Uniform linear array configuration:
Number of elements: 8
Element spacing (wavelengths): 0.25
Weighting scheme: hann
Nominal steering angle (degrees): -30
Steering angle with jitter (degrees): -30.337
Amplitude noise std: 0.05
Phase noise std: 0.05

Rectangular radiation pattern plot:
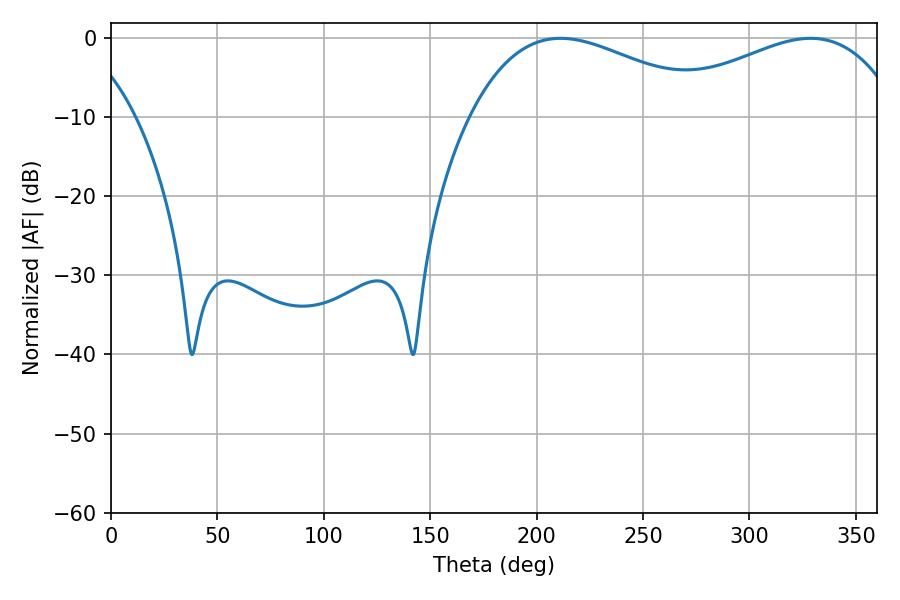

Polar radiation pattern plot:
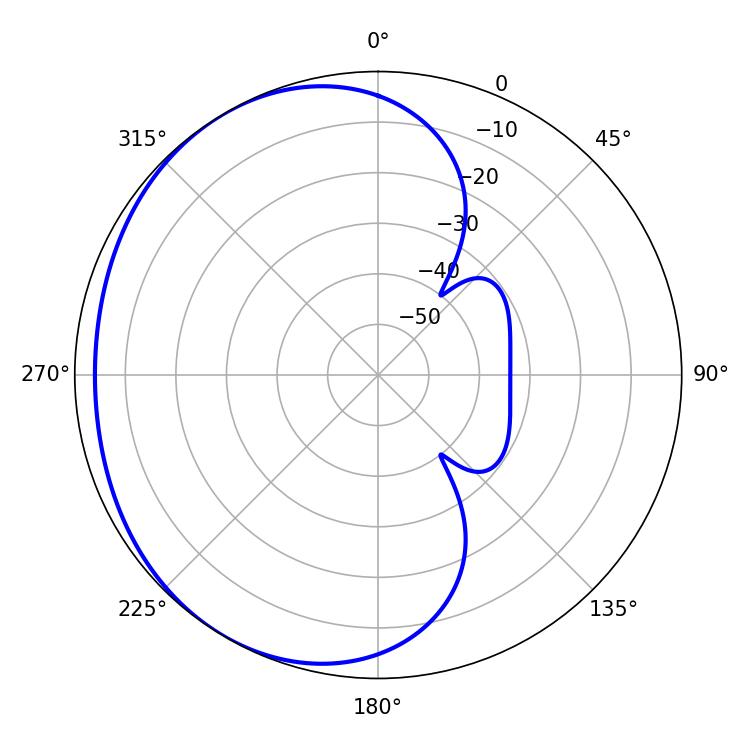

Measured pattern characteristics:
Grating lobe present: FALSE
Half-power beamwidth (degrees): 63.9
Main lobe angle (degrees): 211.32